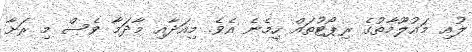
ލުއި މަައުލޫމާތުގެ ރިޕޯޓުތައް ހިމެނެ އެވެ. މިއަދާއި މާދަމާ ވެސް މި ރަށާ